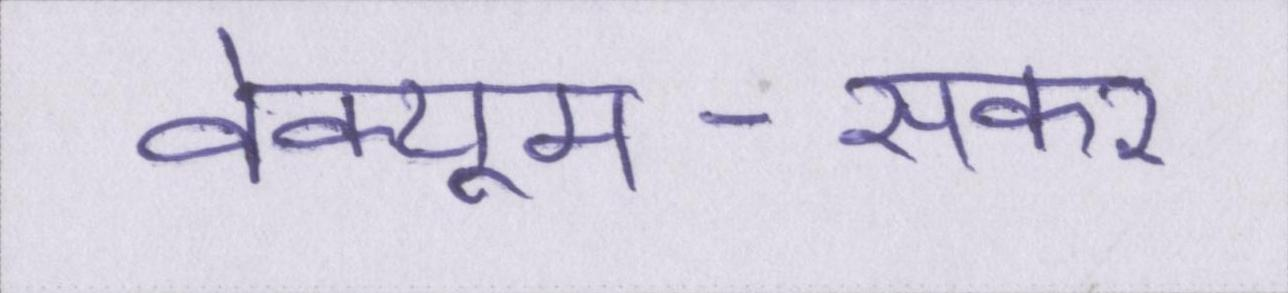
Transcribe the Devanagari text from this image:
वेक्यूम-सकर